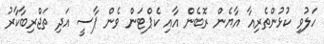
ހަލުވި ކުޅުންތެރިއާ އާޔެން ރޮބެން އާއި ކެޕްޓަން ވެން ޕާސީ އަދި ތަޖްރިބާކާރު